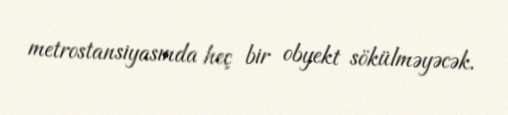
metrostansiyasında heç bir obyekt sökülməyəcək.